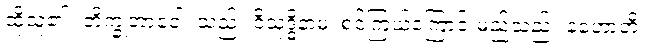
ထိုသူ၏။ ဘိက္ခုဘာဝေါ၊ သည်။ ဝိသုဒ္ဓိနာမ၊ စင်ကြယ်ကြောင်းမည်သည်။ နဟောတိ၊